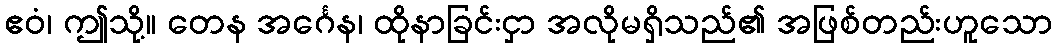
ဧဝံ၊ ဤသို့။ တေန အင်္ဂေန၊ ထိုနာခြင်းငှာ အလိုမရှိသည်၏ အဖြစ်တည်းဟူသော